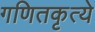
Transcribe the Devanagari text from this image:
गणितकृत्ये